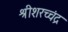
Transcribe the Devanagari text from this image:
श्रीशरच्चंद्र